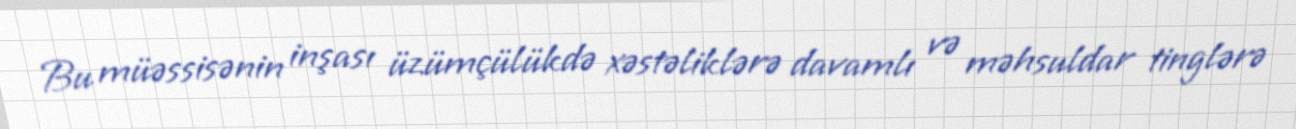
Bu müəssisənin inşası üzümçülükdə xəstəliklərə davamlı və məhsuldar tinglərə